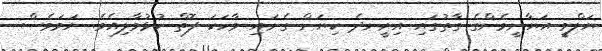
ޔަލްވީ އަޔާނީމެންގެ ގާތުގައި އިށީނދެ ކިޔަން ގެނައި ވާހަކަ ފޮތް ހުޅުވާލިއެވެ. ނަމަވެސް